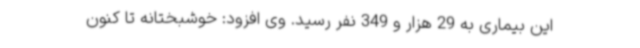
این بیماری به 29 هزار و 349 نفر رسید. وی افزود: خوشبختانه تا کنون